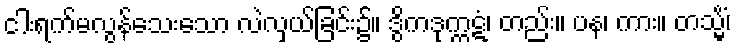
ငါးရက်မလွန်သေးသော လဲလှယ်ခြင်း၌။ ဒွိကဒုက္ကဋံ၊ တည်း။ ပန၊ ကား။ တသ္မိံ၊